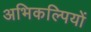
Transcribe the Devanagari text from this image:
अभिकल्पियों